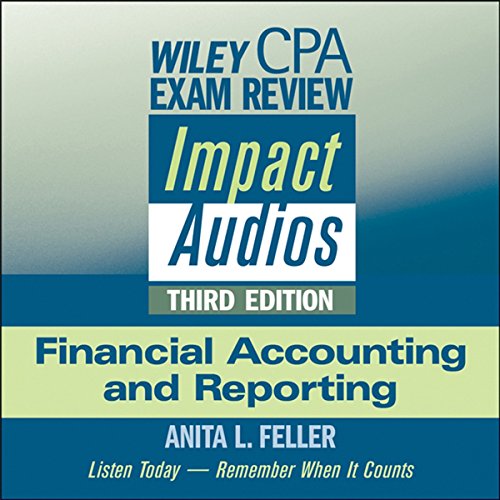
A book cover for Wiley CPA Exam Review Impact Audios: Financial Accounting and Reporting, 3rd Edition; Anita L. Feller; Test Preparation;